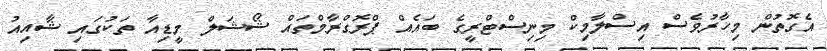
އެގޮތުން މިހާރުވެސް އިސްލާމިކް މިނިސްޓްރީގެ ބައެއް ޕްރޮޮގްރާމްތައް ޝޯޝަލް މީޑިއާ ތަކުގައި ޝާއިއު